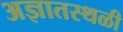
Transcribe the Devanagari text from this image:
अज्ञातस्थळी